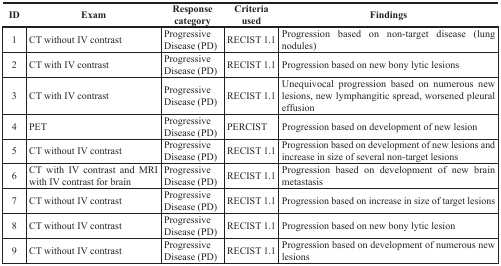
| ID | Exam | Response category | Criteria used | Findings |
 | --- | --- | --- | --- | --- |
 | 1 | CT without IV contrast | Progressive Disease (PD) | RECIST 1.1 | Progression based on non-target disease (lung nodules) |
 | 2 | CT with IV contrast | Progressive Disease (PD) | RECIST 1.1 | Progression based on new bony lytic lesions |
 | 3 | CT with IV contrast | Progressive Disease (PD) | RECIST 1.1 | Unequivocal progression based on numerous new lesions, new lymphangitic spread, worsened pleural effusion |
 | 4 | PET | Progressive Disease (PD) | PERCIST | Progression based on development of new lesion |
 | 5 | CT without IV contrast | Progressive Disease (PD) | RECIST 1.1 | Progression based on development of new lesions and increase in size of several non-target lesions |
 | 6 | CT with IV contrast and MRI with IV contrast for brain | Progressive Disease (PD) | RECIST 1.1 | Progression based on development of new brain metastasis |
 | 7 | CT without IV contrast | Progressive Disease (PD) | RECIST 1.1 | Progression based on increase in size of target lesions |
 | 8 | CT without IV contrast | Progressive Disease (PD) | RECIST 1.1 | Progression based on new bony lytic lesion |
 | 9 | CT without IV contrast | Progressive Disease (PD) | RECIST 1.1 | Progression based on development of numerous new lesions |